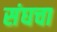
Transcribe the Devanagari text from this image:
संघचा